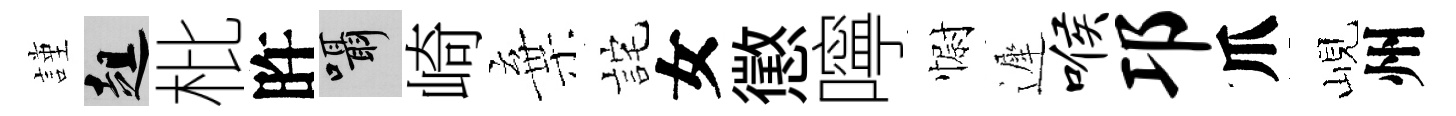
謹趄枇旿囁崎棄詫女懲嚀𢠢遲喉邛爪峴州